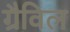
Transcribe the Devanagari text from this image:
ग्रैविल